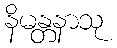
နိမန္တနာသု